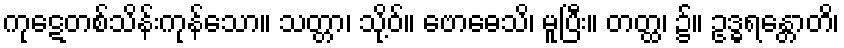
ကုဋေတစ်သိန်းကုန်သော။ သတ္တာ၊ သို့ဝ်။ ဗောဓေသိ၊ မူပြီး။ တတ္ထ၊ ၌။ ဥဒ္ဓရန္တောတိ၊